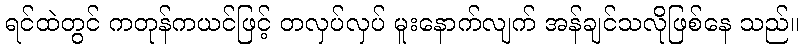
ရင်ထဲတွင် ကတုန်ကယင်ဖြင့် တလှပ်လှပ် မူးနောက်လျက် အန်ချင်သလိုဖြစ်နေ သည်။